Report of an investigation into the causes of malaria in Bombay and the measures necessary for its control
Disease focus: Malaria
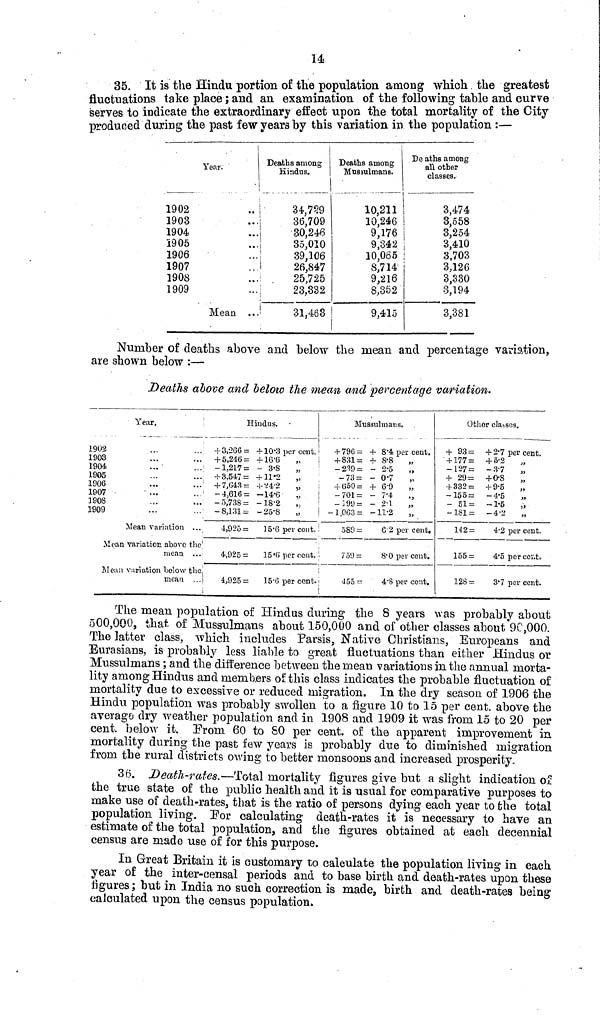
14
35. It is the Hindu portion of the population among which the greatest
fluctuations take place ; and an examination of the following table and curve
serves to indicate the extraordinary effect upon the total mortality of the City
produced during the past few years by this variation in the population :—
Year.
1902
1903
1904
Î905
1906
1907
1908
1909
Meaa ...
Deaths among
Hindus.
34,739
36,709
80,246
35,010
39,106
26,847
25,725
;
23,332
!
31,463
Deaths among
Mussulmans.
10,211
10,246
9,176
9,342
10,065
S,714
9,216
8,352
9,415
De aths among
all other
classes.
3,474
3,558
3,254
3,410
3,703
3,126
3,330
3,194
3,381
Number of deaths above and below the mean and percentage variation,
are shown below :—
Deaths above and below the mean and percentage variation.
Year.
!
1902
1903
1904
1905
1906
1907
3908
1909
Mean variation ...
Mean variation above the
mean ...
Mean variation below the
mean ...
Hindus.
+ 3,266 = +10.3 per cent.
+ 5,240 = +16.6
-1,217= - 3*8
+ 3,547= + 11'2
„
+ 7,043= +'¿4-2
„
-4,616= -14-6
„
-5,738= -18-2
-8,131= -25'S
„
4,925=
15-6 percent.
4,925=
15"ß percent.
4.925=
15-0 per cent.
Mussulmans.
+ 796 = + 8*4) per cent.
+ 831= + 8*8
-239= - 2-5
„
-73= - O-7
„
+ (¡50= + 6-9
-701= - 7-4
„
-Ï9U= - 2-1
- 1,003 = -11-2
„
589=
&• 2 per cent.
759=
8*0 per cent.
•Jo5 =
4"S per cent.
Other classes.
+ 93 = + 2-7 per cent.
+ 177= +5-2
-127= -3-7
„
+ 29= +0-8
+ 332= +9-5
—15 5 = - 4*5
„
- 51= -1-5
-1S1= -4-2
142 =
4-2 per cent.
155=
4*5 per cerate
12S =
3-7 per cent.
The mean population of Hindus during the 8 years was probably about
500,000, that of Mussulmans about 150,000 and of other classes about 90,000.
The latter class, which includes Parsis, Native Christians, Europeans and
Eurasians, is probably less liable to great fluctuations than either Hindus or
Mussulmans ; and the difference between the mean variations in the annual morta-
lity among Hindus and members of this class indicates the probable fluctuation of
mortality due to excessive or reduced migration. In the dry season of 1906 the
Hindu population was probably swollen to a figure 10 to 15 per cent. above the
average dry weather population and in 1908 and 1909 it was from 15 to 20 per cent.
below it. From 60 to 80 per cent. of the apparent improvement in
mortality during the past few years is probably due to diminished migration
from the rural districts owing to better monsoons and increased prosperity.
36. Death-rates.—Total mortality figures give but a slight indication of
the true state of the public health and it is usual for comparative purposes to
make use of death-rates, that is the ratio of persons dying each year to the total
population living. Por calculating death-rates it is necessary to have an
estimate of the total population, and the figures obtained at each decennial
census are made use of for this purpose.
In Great Britain it is customary to calculate the population living in each
year of the inter-censal periods and to base birth and death-rates upon these
figures ; but in India no such correction is made, birth and death-rates being
calculated upon the census population.